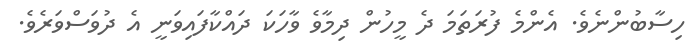
ހިސާބުންނެވެ. އެންމެ ފުރަތަމަ ދެ މީހުން ދިމާވެ ވާހަކަ ދައްކާފައިވަނީ އެ ދުވަސްވަރެވެ.